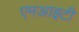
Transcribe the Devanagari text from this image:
एमआइटी